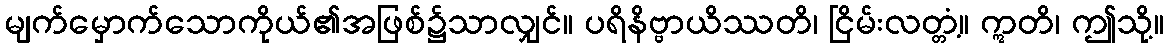
မျက်မှောက်သောကိုယ်၏အဖြစ်၌သာလျှင်။ ပရိနိဗ္ဗာယိဿတိ၊ ငြိမ်းလတ္တံ့။ ဣတိ၊ ဤသို့။